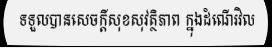
ទទួលបានសេចក្តីសុខសុវត្ថិភាព ក្នុងដំណើរវិល